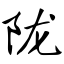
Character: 陇